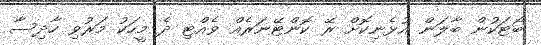
ބޯޓަކުން ބާލަން އުޅެނިކޮށް ރޭ ކޮންޓޭނަރެއް ވެއްޓި ދެ މީހަކު މަރުވި ހާދިސާ